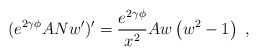
\begin{align*}(e^{2 \gamma \phi } ANw')' = \frac{e^{2 \gamma \phi }}{x^2} A w \left( w^2-1 \right)\ , \end{align*}